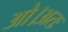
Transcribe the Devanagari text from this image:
ओ।अतः